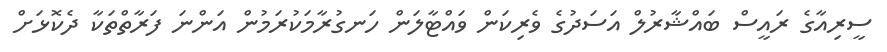
ސީރިއާގެ ރައީސް ބައްޝާރުލް އަސަދުގެ ވެރިކަން ވައްޓާލަން ހަނގުރާމަކުރަމުން އަންނަ ފަރާތްތަކާ ދެކޮޅަށް